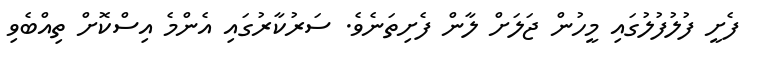
ފެށީ ފުލުފުލުގައި މީހުން ޖަލަށް ލާން ފެށިތަނެވެ. ސަރުކާރުގައި އެންމެ އިސްކޮށް ތިއްބެވި